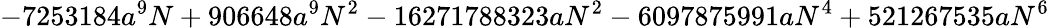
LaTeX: -7253184a^{9}N+906648a^{9}N^{2}-16271788323aN^{2}-6097875991aN^{4}+521267535aN^{6}